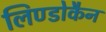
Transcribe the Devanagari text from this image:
लिण्डोकैन